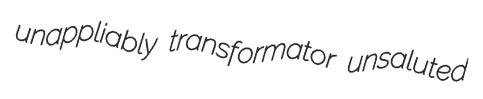
unappliably transformator unsaluted